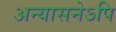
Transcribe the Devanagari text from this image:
अन्यासनेऽपि